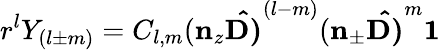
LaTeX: r^{l}Y_{(l\pm m)}=C_{l,m}(\mathbf{n}_{z}\mathbf{\hat{D)}}^{(l-m)}(\mathbf{n}_{\pm}\mathbf{\hat{D)}}^{m}\mathbf{1}